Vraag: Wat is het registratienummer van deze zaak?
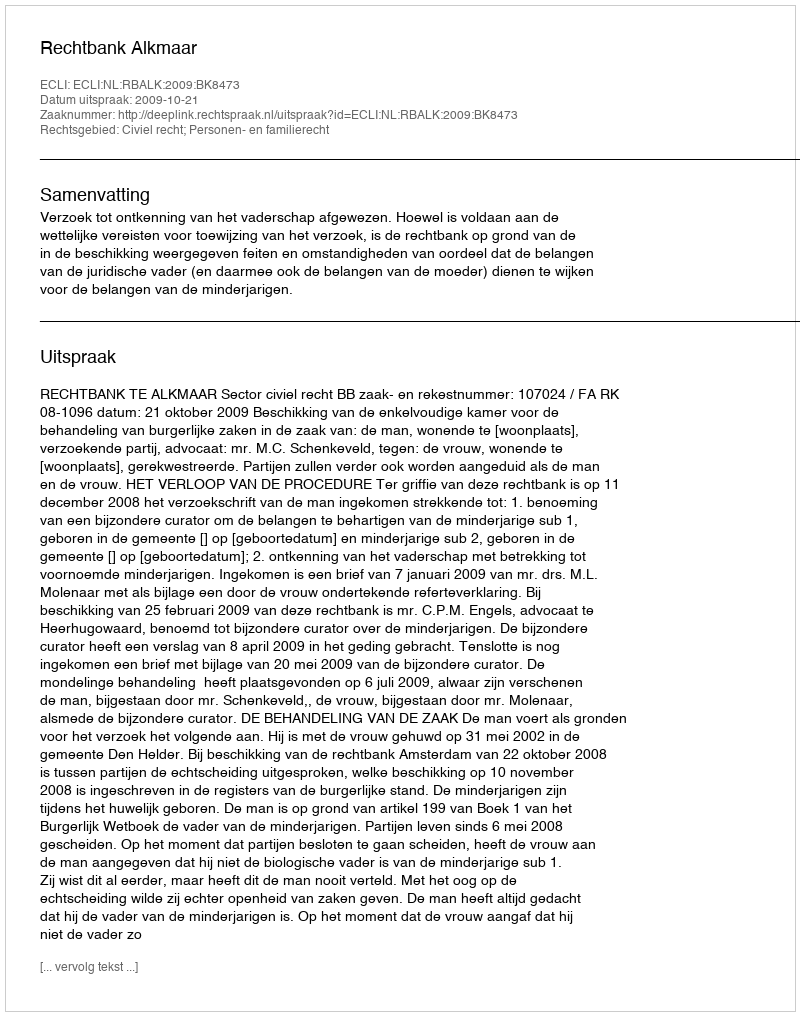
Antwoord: http://deeplink.rechtspraak.nl/uitspraak?id=ECLI:NL:RBALK:2009:BK8473